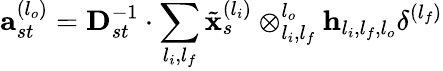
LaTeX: \mathbf{a}_{st}^{(l_{o})}=\mathbf{D}_{st}^{-1}\cdot\sum_{l_{i},l_{f}}\tilde{\mathbf{x}}_{s}^{(l_{i})}\otimes_{l_{i},l_{f}}^{l_{o}}\mathbf{h}_{l_{i},l_{f},l_{o}}\mathbf{\delta}^{(l_{f})}